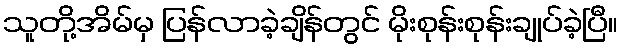
သူတို့အိမ်မှ ပြန်လာခဲ့ချိန်တွင် မိုးစုန်းစုန်းချုပ်ခဲ့ပြီ။